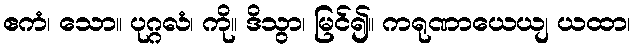
ဧကံ၊ သော။ ပုဂ္ဂလံ၊ ကို။ ဒိသွာ၊ မြင်၍။ ကရုဏာယေယျ ယထာ၊